Civil Veterinary Dept. Assam report 1911-1927 - 1911-1927
Year: 1911
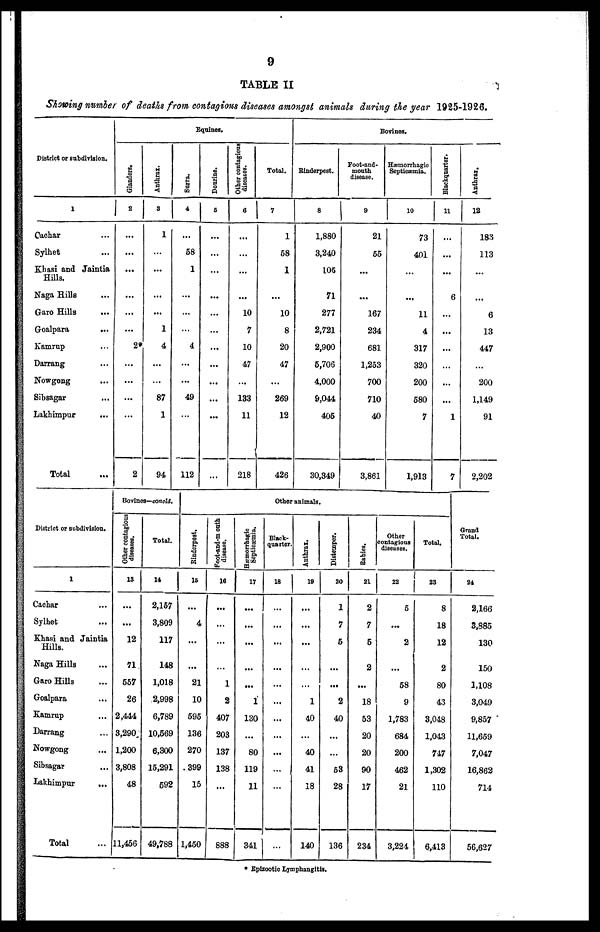
9
TABLE II
Showing number of deaths from contagions diseases amongst animals during the year 1925-1926.
District or subdivision.
1
Cachar …
Sylhet …
Khasi and Jaintia
Hills.
Naga Hills …
Garo Hills …
Goalpara
...
Kamrup …
Darrang …
Nowgong …
Sibsagar …
Lakhimpur
...
Total ...
Equines.
Glanders.
2
...
...
...
...
...
...
2*
...
...
...
...
2
Anthrax.
3
1
...
...
...
...
1
4
...
...
87
1
94
Surra.
4
...
58
1
...
...
...
4
...
...
49
...
112
Dourine.
5
...
...
...
...
...
...
...
...
...
...
...
...
Other contagions
diseases.
6
...
...
...
...
10
7
10
47
...
133
11
218
Total.
7
1
68
1
...
10
8
20
47
...
269
12
426
Bovines.
Rinderpest.
8
1,880
3,240
105
71
277
2,721
2,900
6,706
4,000
9,044
405
30,349
Foot-and-
mouth
disease.
9
21
55
...
...
167
234
681
1,253
700
710
40
3,861
Hæmorrhagic
Septicæmia.
10
73
401
...
...
11
4
317
320
200
580
7
1,913
Blackquarter.
11
...
...
...
6
...
...
...
...
...
...
1
7
Anthrax.
12
183
113
...
...
6
13
447
...
200
1,149
91
2,202
District or subdivision.
1
Cachar …
Sylhet …
Khasi and Jaintia
Hills.
Naga Hills …
Garo Hills …
Goalpara ...
Kamrup …
Darrang …
Nowgong
...
Sibsagar …
Lakhimpur
...
Total ...
Bovines—concld.
Other contagious
diseases.
13
...
...
12
71
557
26
2,414
3,290
1,200
3,808
48
11,456
Total.
14
2,157
3,809
117
148
1,018
2,998
6,789
10,569
6,300
15,291
592
49,788
Other animals
Rinderpest.
15
...
4
...
...
21
10
595
136
270
399
15
1,460
Foot-and-mouth
disease.
16
...
...
...
...
1
2
407
203
137
138
...
888
Septicæmia.
17
...
...
...
...
...
1
130
...
80
119
11
341
Black-
quarter.
18
...
...
...
...
...
...
...
...
...
...
...
...
Anthrax.
19
...
...
...
...
...
1
40
...
40
41
18
140
Distemper.
20
1
7
5
...
...
2
40
...
...
53
28
136
Rabies.
21
2
7
5
2
...
18
53
20
20
90
17
234
Other
contagious
diseases.
22
5
...
2
...
58
9
1,783
684
200
462
21
3,221
Total.
23
8
18
12
2
80
43
3,048
1,043
747
1,302
110
6,413
Grand
Total.
24
2,166
3,885
130
150
1,108
3,049
9,857
11,659
7,047
16,862
714
56,627
* Epizootic Lymphangitis.